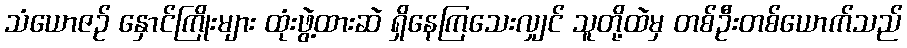
သံယောဇဉ် နှောင်ကြိုးများ ထုံးဖွဲ့ထားဆဲ ရှိနေကြသေးလျှင် သူတို့ထဲမှ တစ်ဦးတစ်ယောက်သည်